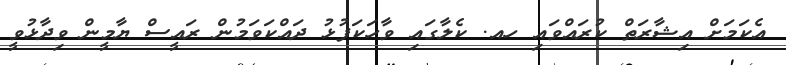
އެކަމަށް އިޝާރަތް ކުރައްވައި ހއ. ކެލާގައި ވާހަކަފުޅު ދައްކަވަމުން ރައީސް ޔާމީން ވިދާޅުވީ